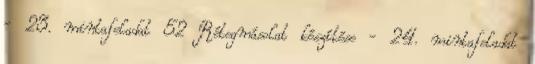
- 23. mintafeladat 52 Rétegmásolat készítése - 24. mintafeladat